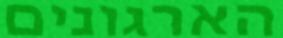
הארגונים